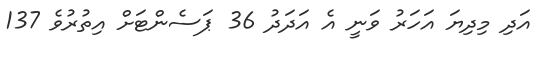
އަދި މިދިޔަ އަހަރު ވަނީ އެ އަދަދު 36 ޕަސެންޓަށް އިތުރުވެ 137